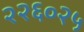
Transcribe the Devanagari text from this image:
२२६०२५